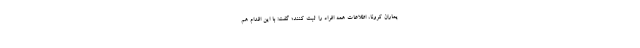
یماران کرونا، اطلاعات همه افراد را ثبت کنند؛ گفت: با این اقدام هم